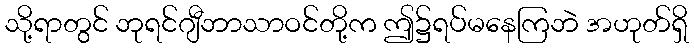
သို့ရာတွင် ဘုရင်ဂျီဘာသာဝင်တို့က ဤ၌ရပ်မနေကြဘဲ အဟုတ်ရှိ